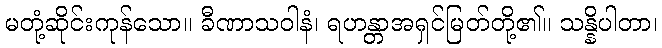
မတုံ့ဆိုင်းကုန်သော။ ခီဏာသဝါနံ၊ ရဟန္တာအရှင်မြတ်တို့၏။ သန္နိပါတာ၊